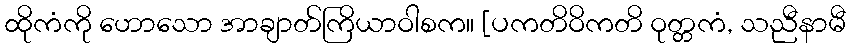
ထိုကံကို ဟောသော အာချာတ်ကြိယာဝါစက။ [ပကတိဝိကတိ ဝုတ္တကံ, သညီနာမီ